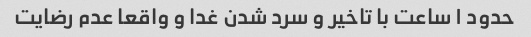
حدود ۱ ساعت با تاخیر و سرد شدن غدا و واقعا عدم رضایت